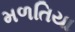
મળતિયા